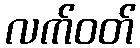
လက်ဝတ်